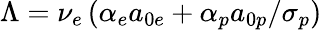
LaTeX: \Lambda=\nu_{e}\left(\alpha_{e}a_{0e}+\alpha_{p}a_{0p}/\sigma_{p}\right)